Scottish Leaving Certificate Examination, 1956
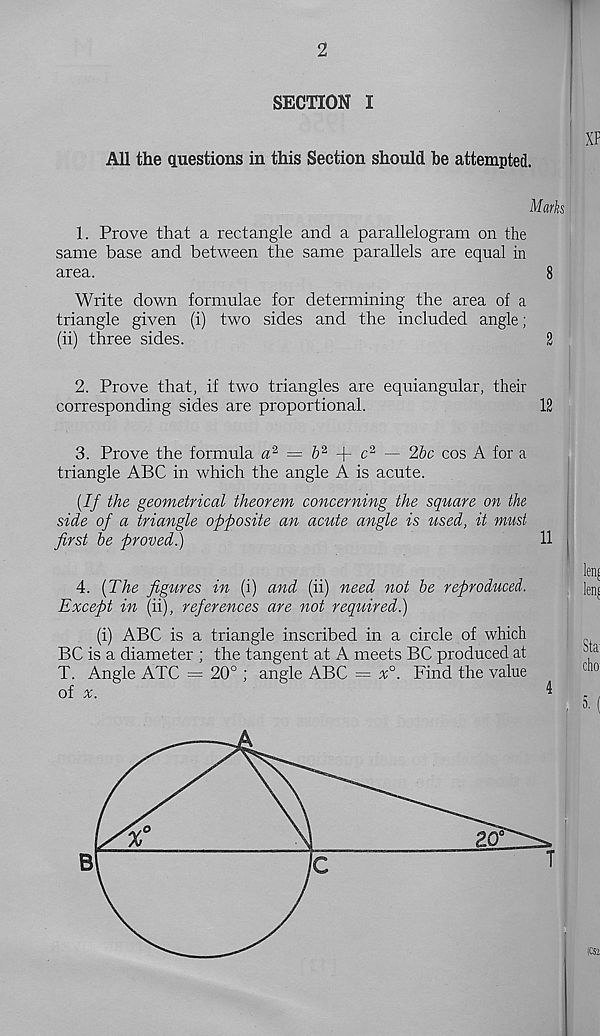
2
SECTION I
All the questions in this Section should be attempted.
Marks
1. Prove that a rectangle and a parallelogram on the
same base and between the same parallels are equal in
area.
8
Write down formulae for determining the area of a
triangle given (i) two sides and the included angle;
(ii) three sides.
2
2. Prove that, if two triangles are equiangular, their
corresponding sides are proportional.
12
3. Prove the formula a 2 = & 2 + c 2 — 2bc cos A for a
triangle ABC in which the angle A is acute.
(If the geometrical theorem concerning the square on the
side of a triangle opposite an acute angle is used, it must
first be proved.)
11
4. (The figures in (i) and (ii) need not be reproduced.
Except in (ii), references are not required.)
(i) ABC is a triangle inscribed in a circle of which
BC is a diameter ; the tangent at A meets BC produced at
T. Angle ATC = 20° ; angle ABC = x°. Find the value
of
4